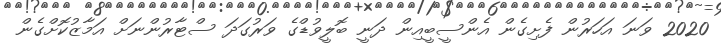
2020 ވަނަ އަހަރުން ފެށިގެން އެންސީބީއިން ދަނީ ބޮލީވުޑްގެ ވަރުގަދަ ސްޓާރުންނަށް އަމާޒުކޮށްގެން